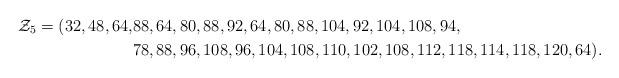
LaTeX: \begin{align*}\mathcal Z_5=(32,48,64,&88,64,80,88,92,64,80,88,104,92,104,108,94, \\& 78,88,96,108,96,104,108,110,102,108,112,118,114,118,120,64).\end{align*}